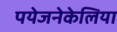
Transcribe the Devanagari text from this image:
पयेजनेकेलिया